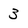
Character: 3